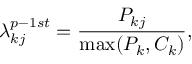
\lambda _ { k j } ^ { p - 1 s t } = \frac { P _ { k j } } { \operatorname* { m a x } ( P _ { k } , C _ { k } ) } ,